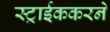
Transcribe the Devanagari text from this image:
स्ट्राईककरने